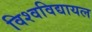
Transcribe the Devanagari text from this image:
विश्‍वविद्यायल